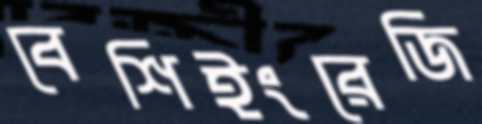
বেশিইংরেজি